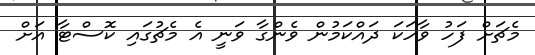
މެޗަށް ފަހު ވާހަކަ ދައްކަމުން ވެންގާ ވަނީ އެ މެޗުގައި ކޮސްޓާ އަށް